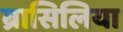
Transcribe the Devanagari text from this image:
ब्रासिलिया